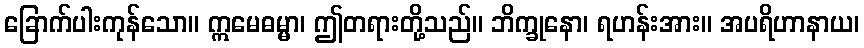
ခြောက်ပါးကုန်သော။ ဣမေဓမ္မာ၊ ဤတရားတို့သည်။ ဘိက္ခုနော၊ ရဟန်းအား။ အပရိဟာနာယ၊